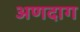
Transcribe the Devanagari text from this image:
अणदाग